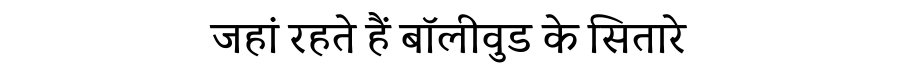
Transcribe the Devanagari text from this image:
जहां रहते हैं बॉलीवुड के सितारे